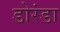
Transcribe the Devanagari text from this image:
डोरंडा